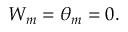
W _ { m } = \theta _ { m } = 0 .